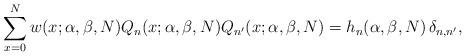
LaTeX: \begin{align*}\sum_{x=0}^N w(x;\alpha, \beta,N) Q_n(x;\alpha, \beta, N) Q_{n'}(x;\alpha,\beta,N) = h_n(\alpha,\beta,N)\, \delta_{n,n'},\end{align*}